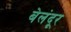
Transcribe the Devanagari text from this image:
बेलंदूर